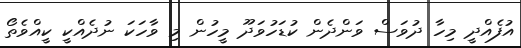
އުފެއްދީ މިހާ ދުވަސް ވަންދެން ކުޑަހުވަދޫ މީހުން މި ވާހަކަ ނުދެއްކީ ކީއްވެތޯ